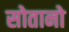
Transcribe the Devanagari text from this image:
सोतानो